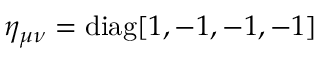
\eta _ { \mu \nu } = \operatorname { d i a g } [ 1 , - 1 , - 1 , - 1 ]